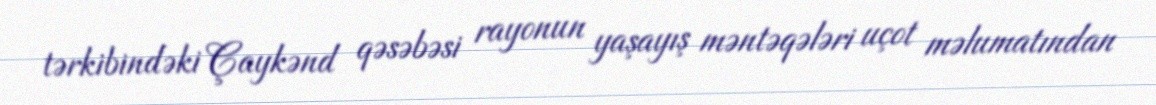
tərkibindəki Çaykənd qəsəbəsi rayonun yaşayış məntəqələri uçot məlumatından